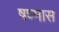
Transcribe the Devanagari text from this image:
षण्मास